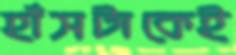
হাঁসটাকেই